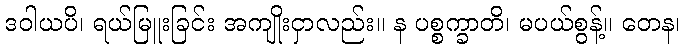
ဒဝါယပိ၊ ရယ်မြူးခြင်း အကျိုးငှာလည်း။ န ပစ္စက္ခာတိ၊ မပယ်စွန့်။ တေန၊